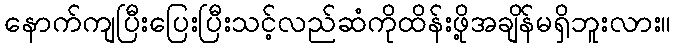
နောက်ကျပြီးပြေးပြီးသင့်လည်ဆံကိုထိန်းဖို့အချိန်မရှိဘူးလား။